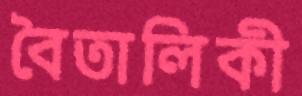
বৈতালিকী